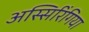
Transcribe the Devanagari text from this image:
अस्सिरिंगिया